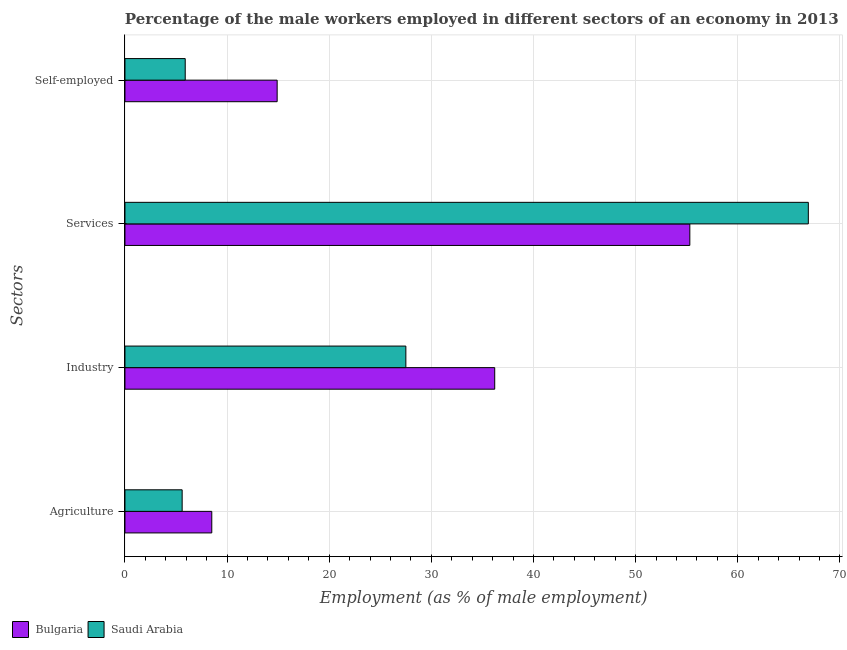
| Sectors | Bulgaria | Saudi Arabia |
 | --- | --- | --- |
 | Agriculture | 8.5 | 5.6 |
 | Industry | 36.2 | 27.5 |
 | Services | 55.3 | 66.9 |
 | Self-employed | 14.9 | 5.9 |